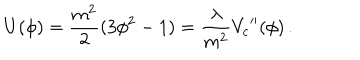
U ( \phi ) = \frac { m ^ { 2 } } { 2 } ( 3 \phi ^ { 2 } - 1 ) = \frac { \lambda } { m ^ { 2 } } { V _ { c } } ^ { \prime \prime } ( \phi ) \, .